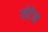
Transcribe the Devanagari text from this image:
गोटेन